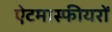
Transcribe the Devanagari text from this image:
ऐटमास्फीयरों